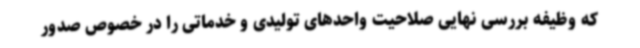
که وظیفه بررسی نهایی صلاحیت واحدهای تولیدی و خدماتی را در خصوص صدور